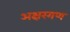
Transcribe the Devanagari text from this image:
अक्षरगण